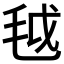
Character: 𱥟